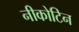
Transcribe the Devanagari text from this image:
नीकोटिन